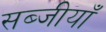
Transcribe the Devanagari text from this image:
सब्जीयाँ